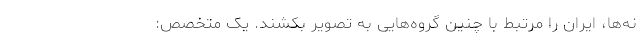
نه‌ها، ایران را مرتبط با چنین گروه‌هایی به تصویر بکشند. یک متخصص: